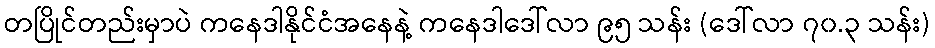
တပြိုင်တည်းမှာပဲ ကနေဒါနိုင်ငံအနေနဲ့ ကနေဒါဒေါ်လာ ၉၅ သန်း (ဒေါ်လာ ၇၀.၃ သန်း)